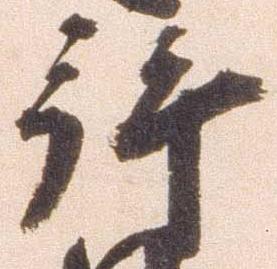
拝